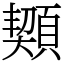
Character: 䫔